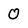
Character: 0